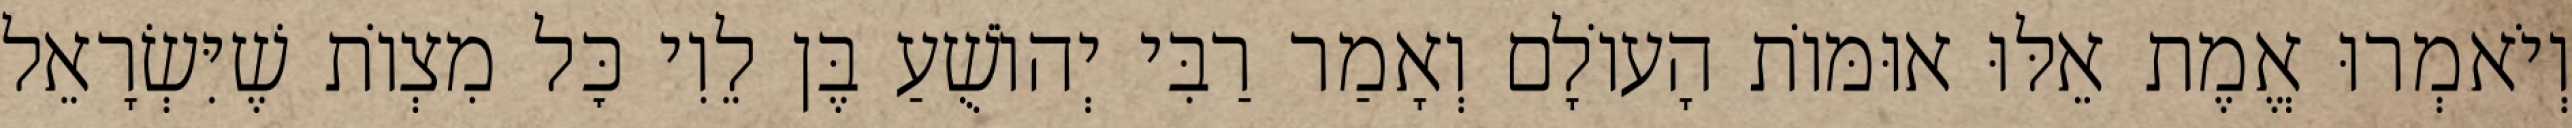
וְיֹאמְרוּ אֱמֶת אֵלּוּ אוּמּוֹת הָעוֹלָם וְאָמַר רַבִּי יְהוֹשֻׁעַ בֶּן לֵוִי כׇּל מִצְוֹת שֶׁיִּשְׂרָאֵל